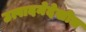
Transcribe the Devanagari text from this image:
उत्पादनेदेखील